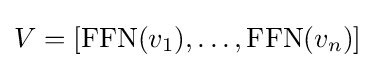
V=[\mathrm {FFN} (v_{1}),\dots ,\mathrm {FFN} (v_{n})]